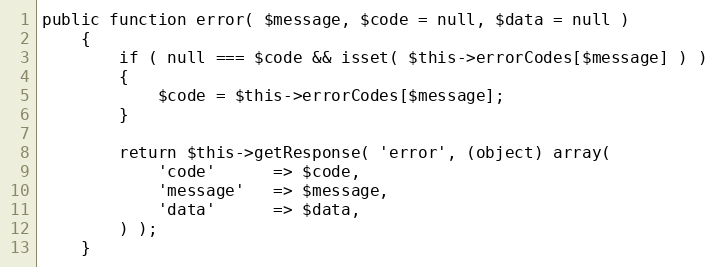
Language: PHP
public function error( $message, $code = null, $data = null )
    {
        if ( null === $code && isset( $this->errorCodes[$message] ) )
        {
            $code = $this->errorCodes[$message];
        }

        return $this->getResponse( 'error', (object) array(
            'code'      => $code,
            'message'   => $message,
            'data'      => $data,
        ) );
    }